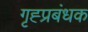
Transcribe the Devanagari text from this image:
गृह्प्रबंधक